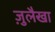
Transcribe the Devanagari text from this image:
ज़ुलैखा